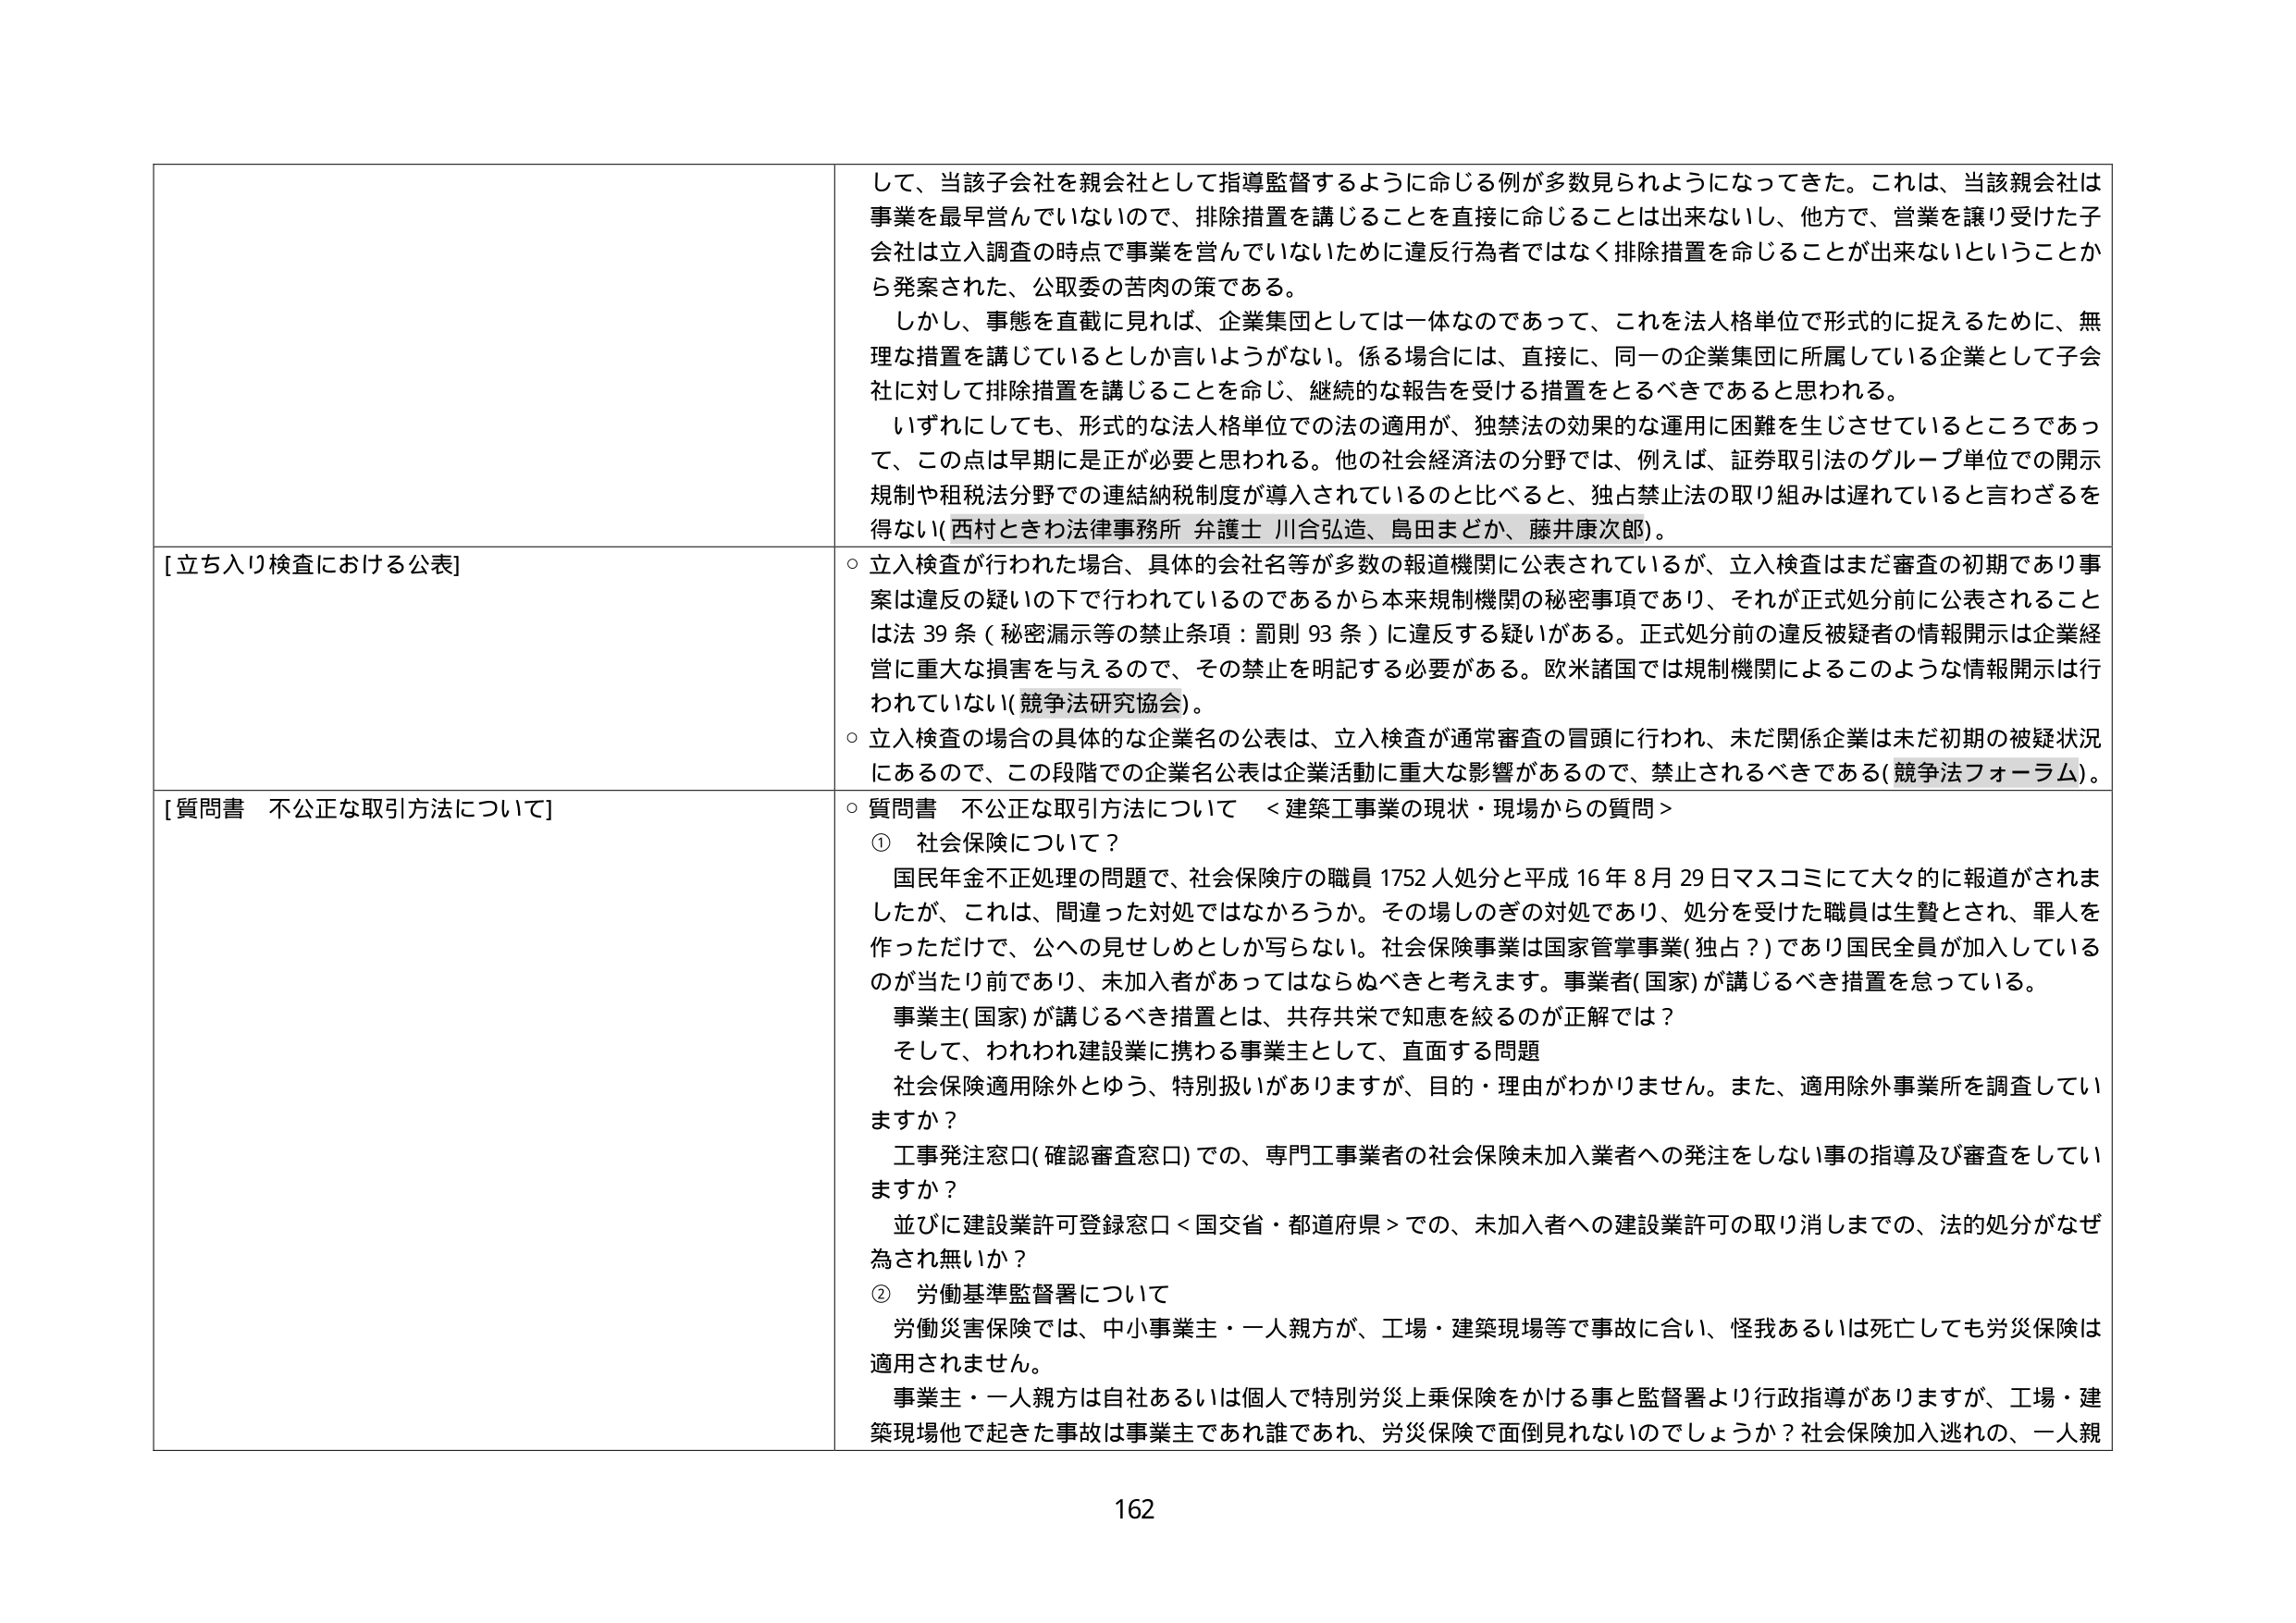
して、当該子会社を親会社として指導監督するように命じる例が多数見られようになってきた。これは、当該親会社は事業を最早営んでいないので、排除措置を講じることを直接に命じることは出来ないし、他方で、営業を譲り受けた子会社は立入調査の時点で事業を営んでいないために違反行為者ではなく排除措置を命じることが出来ないということから発案された、公取委の苦肉の策である。

しかし、事態を直截に見れば、企業集団としては一体なのであって、これを法人格単位で形式的に捉えるために、無理な措置を講じているとしか言いようがない。係る場合には、直接に、同一の企業集団に所属している企業として子会社に対して排除措置を講じることを命じ、継続的な報告を受ける措置をとるべきであると思われる。

いずれにしても、形式的な法人格単位での法の適用が、独禁法の効果的な運用に困難を生じさせているところであって、この点は早期には正が必要と思われる。他の社会経済法の分野では、例えば、証券取引法のグループ単位での開示規制や租税法分野での連結納税制度が導入されているのと比べると、独占禁止法の取り組みは遅れていると言わざるを得ない（西村ときわ法律事務所 弁護士 川合弘造、島田まどか、藤井康次郎）。

[立ち入り検査における公表]

○ 立入検査が行われた場合、具体的会社名等が多数の報道機関に公表されているが、立入検査はまだ審査の初期であり事案は違反の疑いの下で行われているのであるから本来規制機関の秘密事項であり、それが正式処分前に公表されることは法39条（秘密漏示等の禁止条項：罰則93条）に違反する疑いがある。正式処分前の違反被疑者の情報開示は企業経営に重大な損害を与えるので、その禁止を明記する必要がある。欧米諸国では規制機関によるこのような情報開示は行われていない（競争法研究協会）。

○ 立入検査の場合の具体的な企業名の公表は、立入検査が通常審査の冒頭に行われ、未だ関係企業は未だ初期の被疑状況にあるので、この段階での企業名公表は企業活動に重大な影響があるので、禁止されるべきである（競争法フォーラム）。

[質問書 不公正な取引方法について]

○ 質問書 不公正な取引方法について ＜建築工事業の現状・現場からの質問＞

① 社会保険について？

国民年金不正処理の問題で、社会保険庁の職員1752人処分と平成16年8月29日マスコミにて大々的に報道がされましたが、これは、間違った対処ではなかろうか。その場しのぎの対処であり、処分を受けた職員は生贄とされ、罪人を作っただけで、公への見せしめとしか写らない。社会保険事業は国家管掌事業（独占？）であり国民全員が加入しているのが当たり前であり、未加入者があってはならぬべきと考えます。事業者（国家）が講じるべき措置を怠っている。

事業主（国家）が講じるべき措置とは、共存共栄で知恵を絞るのが正解では？

そして、われわれ建設業に携わる事業主として、直面する問題

社会保険適用除外とゆう、特別扱いがありますが、目的・理由がわかりません。また、適用除外事業所を調査していますか？

工事発注窓口（確認審査窓口）での、専門工事業者の社会保険未加入業者への発注をしない事の指導及び審査をしていますか？

並びに建設業許可登録窓口＜国交省・都道府県＞での、未加入者への建設業許可の取り消しまでの、法的処分がなぜ為され無いか？

② 労働基準監督署について

労働災害保険では、中小事業主・一人親方が、工場・建築現場等で事故に合い、怪我あるいは死亡しても労災保険は適用されません。

事業主・一人親方は自社あるいは個人で特別労災上乗保険をかける事と監督署より行政指導がありますが、工場・建築現場他で起きた事故は事業主であれ誰であれ、労災保険で面倒見れないのでしょうか？社会保険加入逃れの、一人親

162